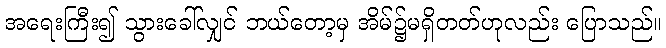
အရေးကြီး၍ သွားခေါ်လျှင် ဘယ်တော့မှ အိမ်၌မရှိတတ်ဟုလည်း ပြောသည်။